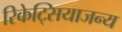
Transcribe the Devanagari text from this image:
रिकेट्सियाजन्य